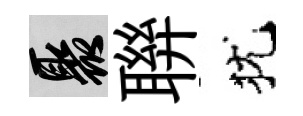
聚聨犹